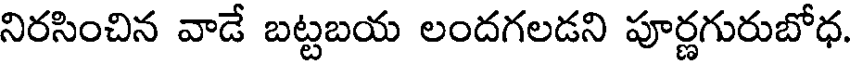
నిరసించిన వాడే బట్టబయ లందగలడని పూర్ణగురుబోధ.